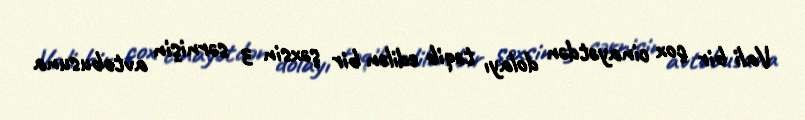
Vali bir çox cinayətdən dolayı təqib edilən bir şəxsin 3 sərnişin avtobusuna